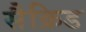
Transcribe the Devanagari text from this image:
सैक्रिड